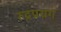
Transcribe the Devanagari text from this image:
रुद्रप्रयग